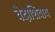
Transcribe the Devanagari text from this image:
वेदाशिवाय